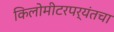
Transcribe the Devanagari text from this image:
किलोमीटरपर्यंतचा